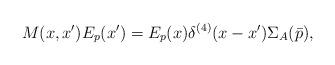
LaTeX: \begin{align*}M(x,x') E_p(x') = E_p(x) \delta^{(4)}(x-x') {\Sigma}_A(\bar{p}),\end{align*}